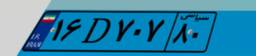
۰۶D۴۰۲۱۳